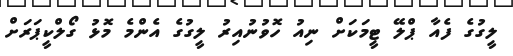
ލީގުގެ ފެއާ ޕްލޭ ޓީމަކަށް ނިއު ހޮވުނުއިރު ލީގުގެ އެންމެ މޮޅު ގޯލްކީޕަރަށް